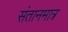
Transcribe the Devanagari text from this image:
संतानमात्र